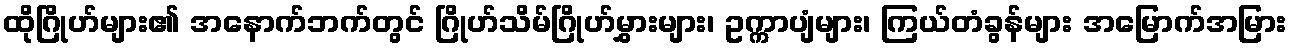
ထိုဂြိုဟ်များ၏ အနောက်ဘက်တွင် ဂြိုဟ်သိမ်ဂြိုဟ်မွှားများ၊ ဥက္ကာပျံများ၊ ကြယ်တံခွန်များ အမြောက်အမြား